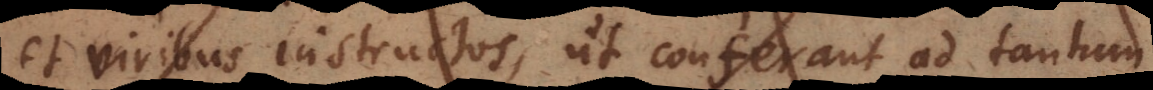
et viribus instructos ut conferant ad tantum